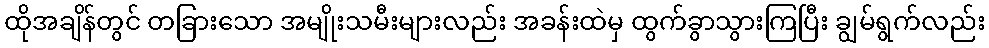
ထိုအချိန်တွင် တခြားသော အမျိုးသမီးများလည်း အခန်းထဲမှ ထွက်ခွာသွားကြပြီး ချွမ်ရွက်လည်း